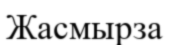
Жасмырза